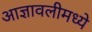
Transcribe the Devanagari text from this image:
आज्ञावलीमध्ये